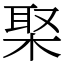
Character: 棸